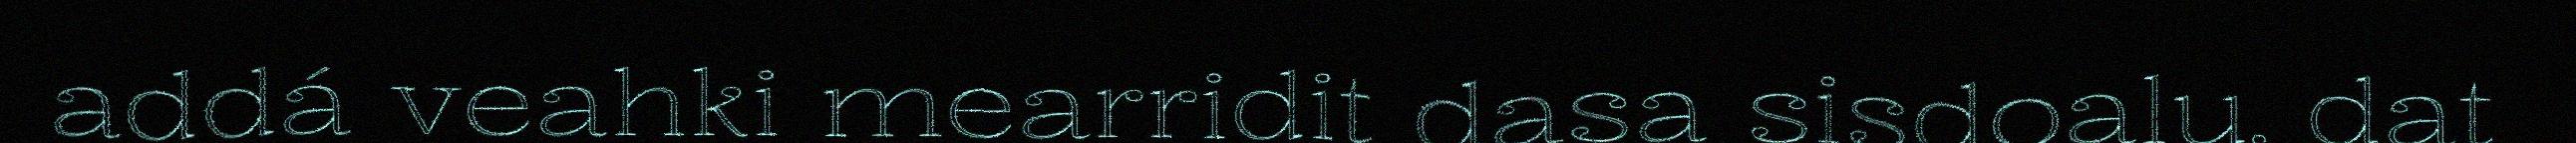
addá veahki mearridit dasa sisdoalu, dat